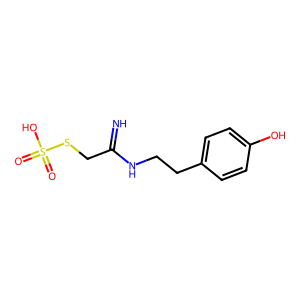
SMILES: N=C(CSS(=O)(=O)O)NCCc1ccc(O)cc1
Inhibits HIV replication: No